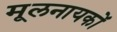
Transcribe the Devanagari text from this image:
मूलनायकों